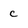
Character: C